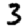
Digit: 3